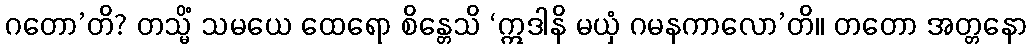
ဂတော’တိ? တသ္မိံ သမယေ ထေရော စိန္တေသိ ‘ဣဒါနိ မယှံ ဂမနကာလော’တိ။ တတော အတ္တနော